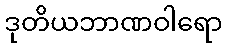
ဒုတိယဘာဏဝါရော